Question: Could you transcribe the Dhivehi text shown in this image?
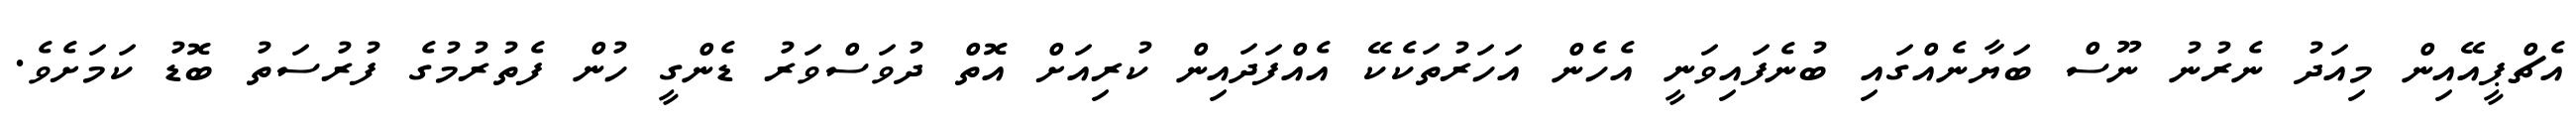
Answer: އެޗްޕީއޭއިން މިއަދު ނެރުނު ނޫސް ބަޔާނެއްގައި ބުނެފައިވަނީ އެހެން އަހަރުތަކެކޭ އެއްފަދައިން ކުރިއަށް އޮތް ދުވަސްވަރު ޑެންގީ ހުން ފެތުރުމުގެ ފުރުސަތު ބޮޑު ކަމަށެވެ.